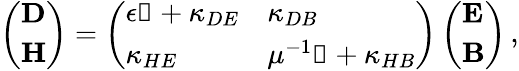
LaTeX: \left(\begin{array}{l}{\mathbf{D}}\\ {\mathbf{H}}\end{array}\right)=\left(\begin{array}{ll}{\epsilon\mathbb{1}+\kappa_{DE}}&{\kappa_{DB}}\\ {\kappa_{HE}}&{{\mu}^{-1}\mathbb{1}+\kappa_{HB}}\end{array}\right)\left(\begin{array}{l}{\mathbf{E}}\\ {\mathbf{B}}\end{array}\right)\, ,